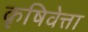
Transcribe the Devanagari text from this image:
कृषिवेत्ता